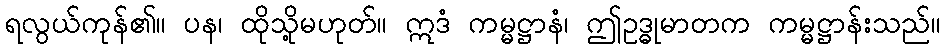
ရလွယ်ကုန်၏။ ပန၊ ထိုသို့မဟုတ်။ ဣဒံ ကမ္မဋ္ဌာနံ၊ ဤဥဒ္ဓုမာတက ကမ္မဋ္ဌာန်းသည်။